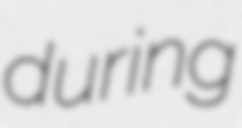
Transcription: during